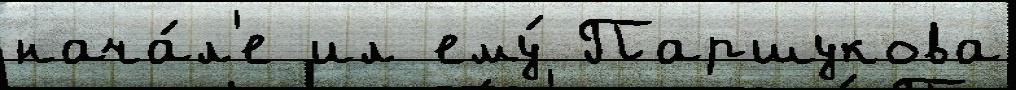
нача́л'е ил ему́ Паршукова